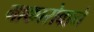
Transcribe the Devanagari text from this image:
माकारोवाने